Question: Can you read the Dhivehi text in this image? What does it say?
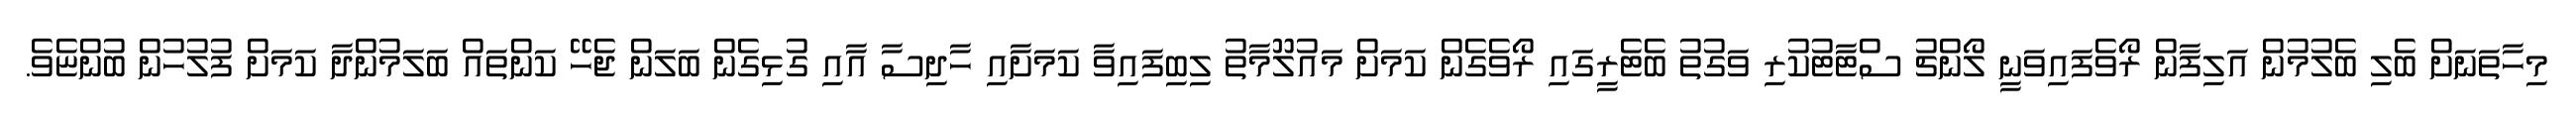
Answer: މިހާތަނަށް ބެލި ބެލުމުން އަލިފާން ރޯވެފައިވަނީ ލޯންޗު ސްޓާޓުކުރި ވަގުތު ބެޓެރީގައި ރޯވެގެން ކަމަށް މައުލޫމާތު ލިބިފައިވާ ކަމަށާއި ހާދިސާ އާއި ގުޅިގެން ބަލަން ޖެހޭ ކަންތައް ބަލަމުންދާ ކަމަށް ފުލުހުން ބުންޏެވެ.